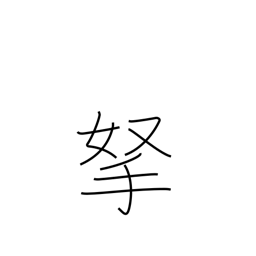
Meaning: catch